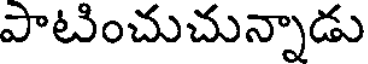
పాటించుచున్నాడు